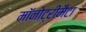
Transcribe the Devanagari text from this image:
मॉनोट्रीमैटा